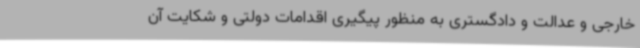
خارجی و عدالت و دادگستری به منظور پیگیری اقدامات دولتی و شکایت آن